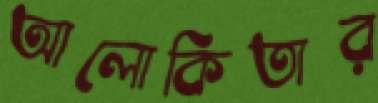
আলোকিতার